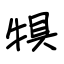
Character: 犋